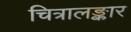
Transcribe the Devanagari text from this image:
चित्रालङ्कार